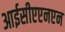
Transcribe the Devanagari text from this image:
आईसीएएनएन